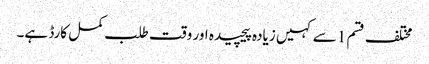
مختلف قسم 1 سے کہیں زیادہ پیچیدہ اور وقت طلب کمل کارڈ ہے۔